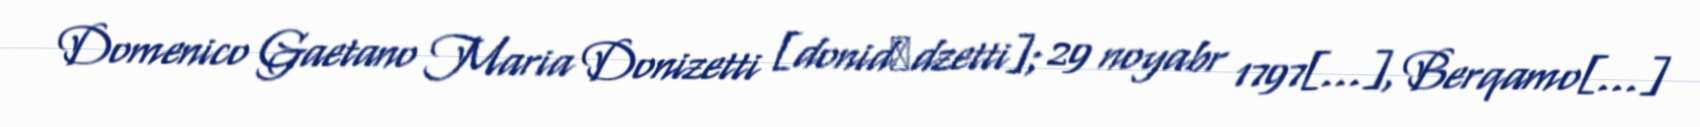
Domenico Gaetano Maria Donizetti [donidˈdzetti]; 29 noyabr 1797[…], Berqamo[…]